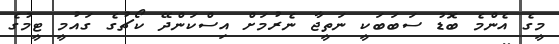
މީގެ އެންމެ ބޮޑު ސަބަބަކީ ނަތީޖާ ނެރުމަށް އިސްކަންދޭ ކޯޗުގެ ގައުމީ ޓީމުގެ